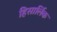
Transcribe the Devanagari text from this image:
हिसार्लिक